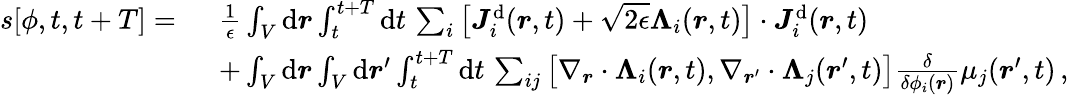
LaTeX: \begin{array}{rl}{s[{\phi},t,t+T]=~}&{\frac{1}{\epsilon}\int_{V}\mathrm{d}\boldsymbol{r}\int_{t}^{t+T}\mathrm{d}t\, \sum_{i}\big[{\boldsymbol{J}}_{i}^{\mathrm{d}}(\boldsymbol{r},t)+\sqrt{2\epsilon}{\boldsymbol{\Lambda}}_{i}(\boldsymbol{r},t)\big]\cdot{\boldsymbol{J}}_{i}^{\mathrm{d}}(\boldsymbol{r},t)}\\ &{+\int_{V}\mathrm{d}\boldsymbol{r}\int_{V}\mathrm{d}\boldsymbol{r}^{\prime}\int_{t}^{t+T}\mathrm{d}t\, \sum_{ij}\big[\nabla_{\boldsymbol{r}}\cdot{\boldsymbol{\Lambda}}_{i}({\boldsymbol{r}},t),\nabla_{{\boldsymbol{r}}^{\prime}}\cdot{\boldsymbol{\Lambda}}_{j}({\boldsymbol{r}}^{\prime},t)\big]\frac{\delta}{\delta\phi_{i}({\boldsymbol{r}})}\mu_{j}({\boldsymbol{r}}^{\prime},t)\, ,}\end{array}